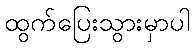
ထွက်ပြေးသွားမှာပါ